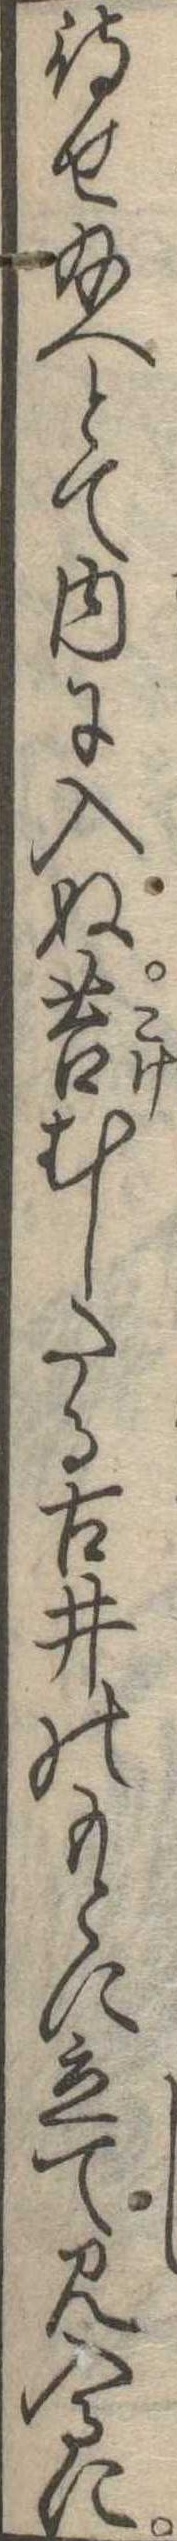
待せ給へとて内に入ぬ苔むしたる古井のもとに立て見入るに